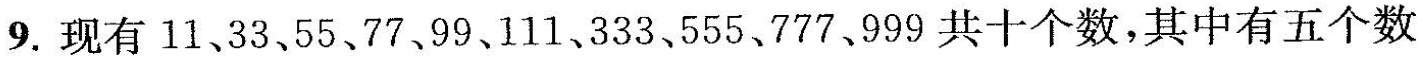
9.现有11、33，55、77、99、111、333、555、777、999共十个数，其中有